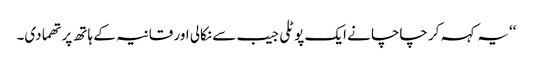
‘‘یہ کہہ کر چاچا نے ایک پوٹلی جیب سے نکالی اور قانیہ کے ہاتھ پر تھما دی۔